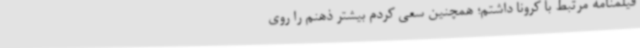
فیلمنامه مرتبط با کرونا داشتم؛ همچنین سعی کردم بیشتر ذهنم را روی